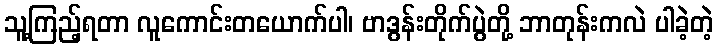
သူ့ကြည့်ရတာ လူကောင်းတယောက်ပါ၊ ဗာဒွန်းတိုက်ပွဲတို့ ဘာတုန်းကလဲ ပါခဲ့တဲ့